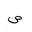
Letter: _sad